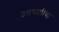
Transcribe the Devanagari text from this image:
उलघालीचा